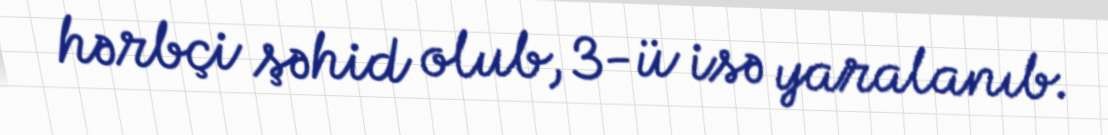
hərbçi şəhid olub, 3-ü isə yaralanıb.